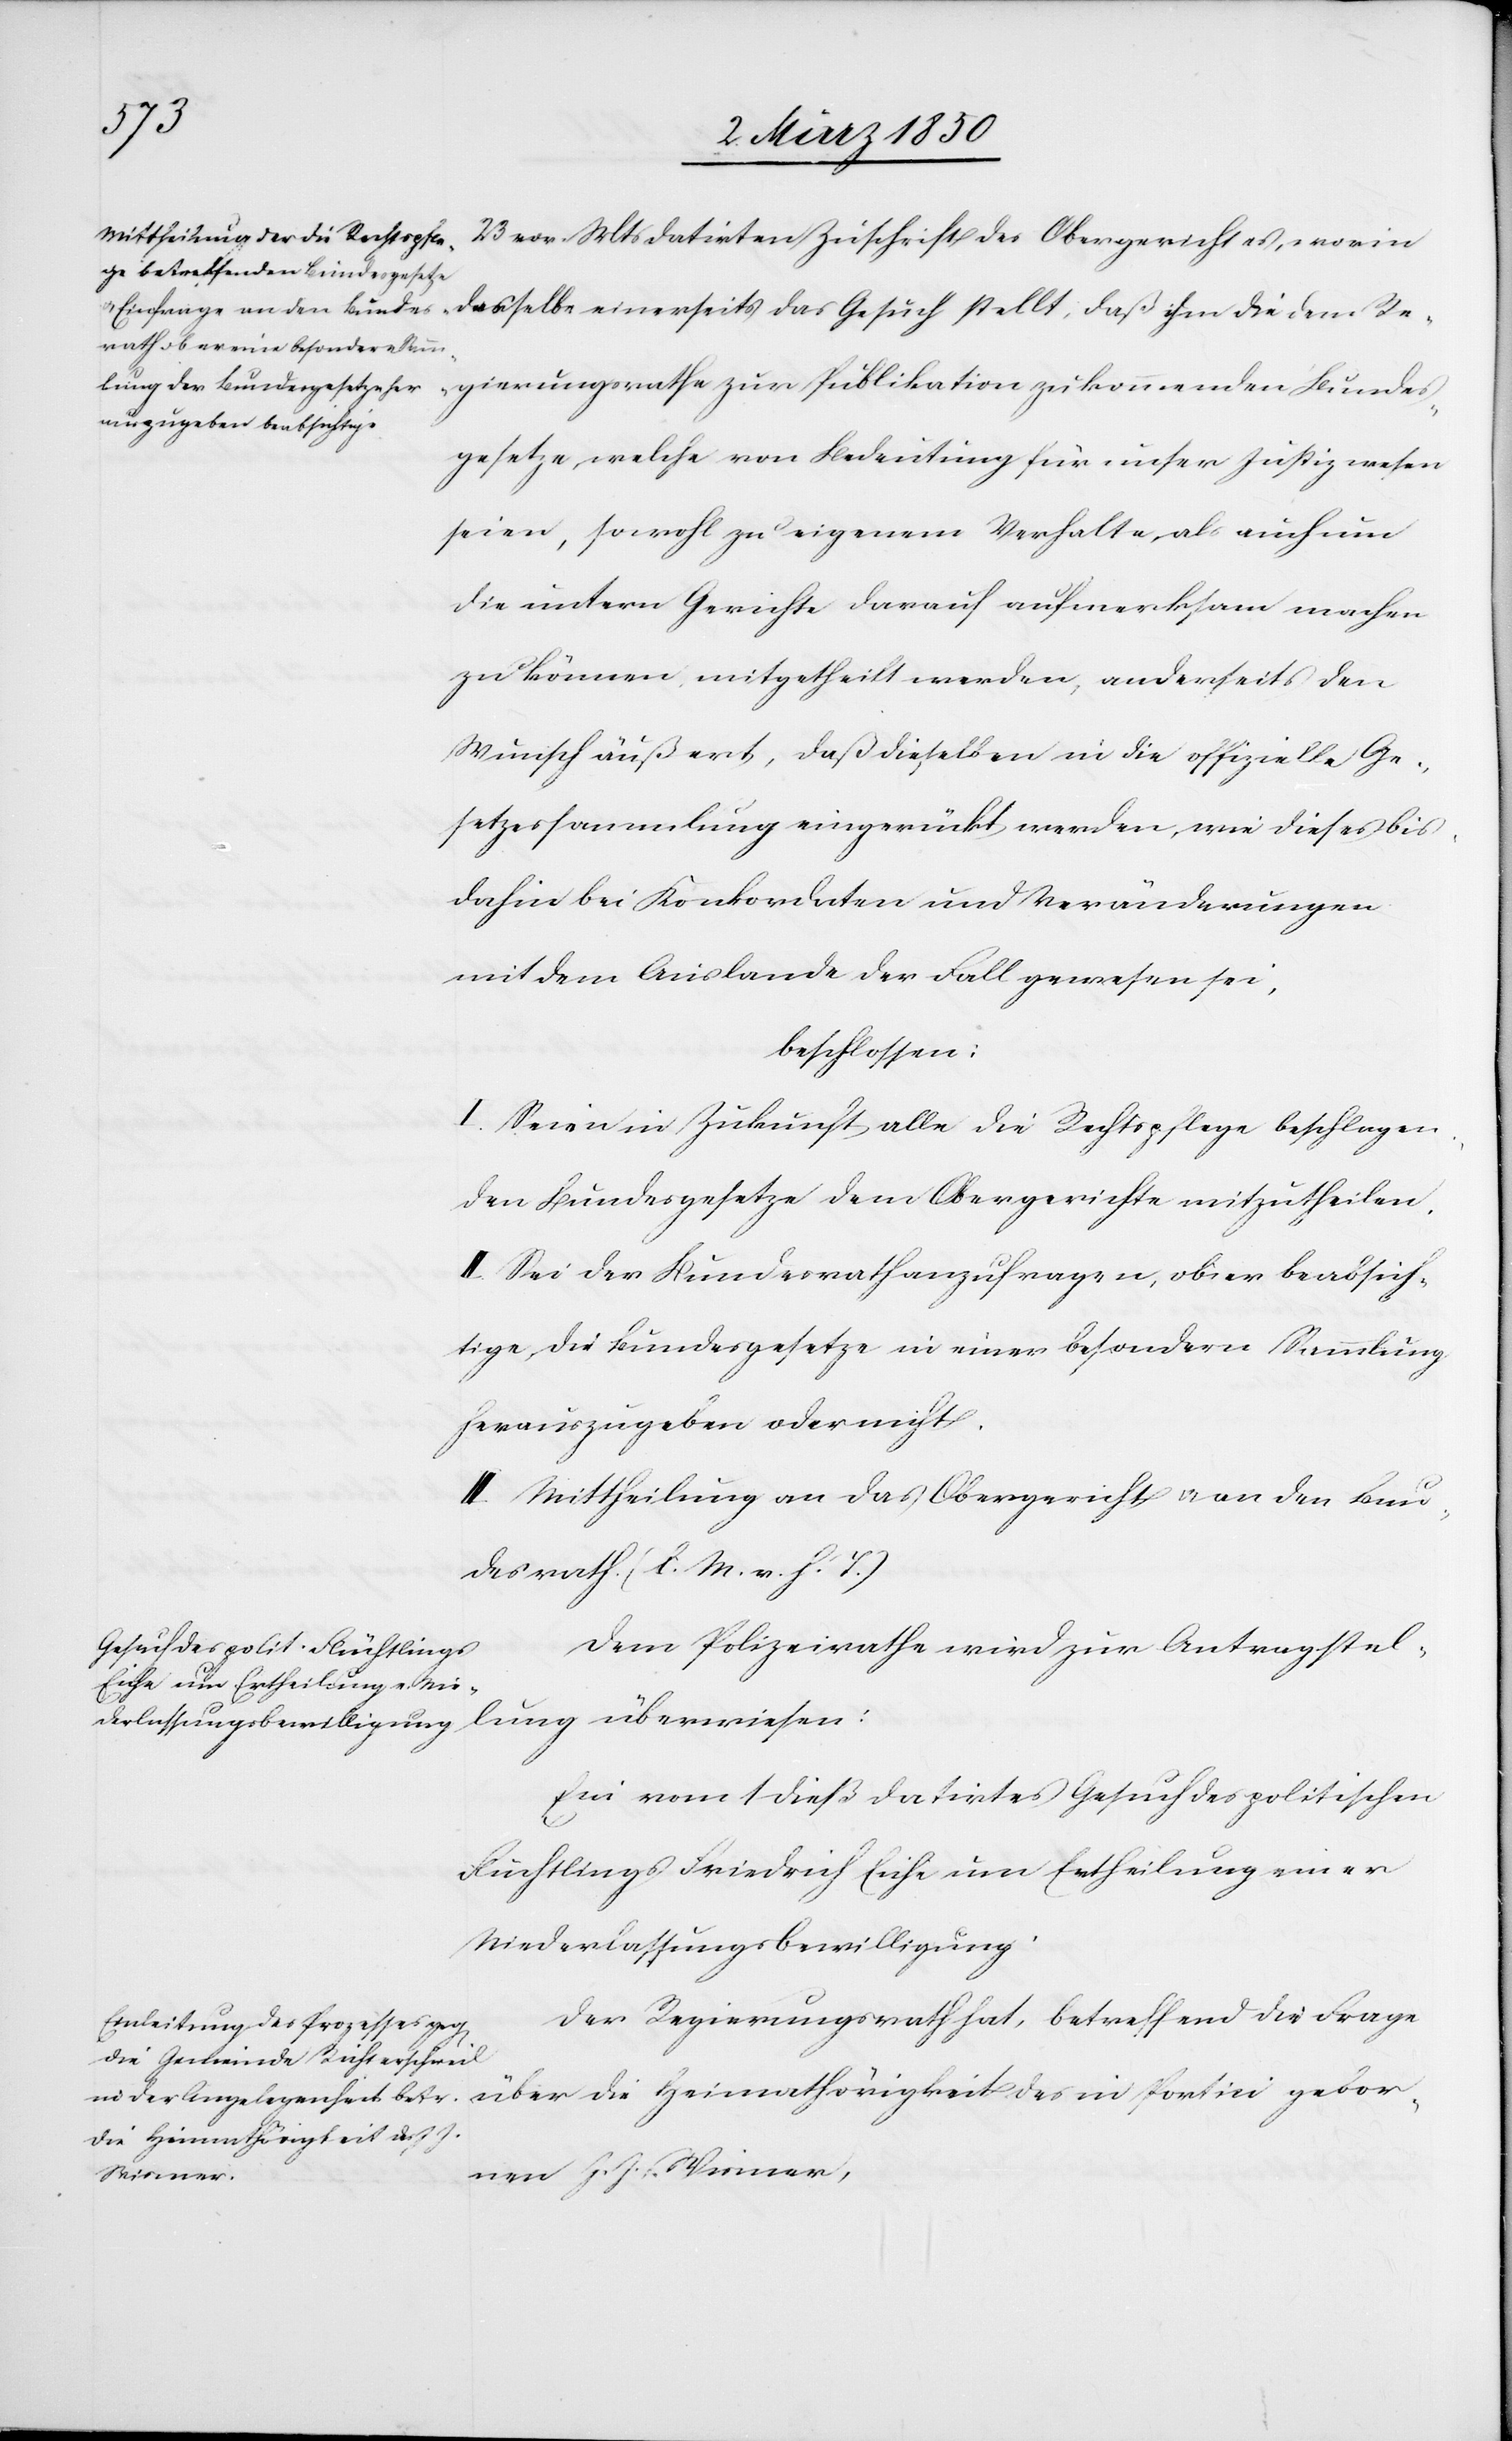
Bunde¬
sgesetze, welche von Bedeutung für unser Justizwesen
seien, sowohl zu eigenem Verhalte, als auch um
die untern Gerichte darauf aufmerksam machen
zu können, mitgetheilt werden, anderseits den
Wunsch äußert, daß dieselben in die offizielle Ge¬
setzessammlung eingerückt werden, wie dieses bis¬
dahin bei Konkordaten und Veränderungen
mit dem Auslande der Fall gewesen sei,
beschlossen:
I. Seien in Zukunft alle die Rechtspflege beschlagen¬
den Bundesgesetze dem Obergerichte mitzutheilen.
II. Sei der Bundesrath anzufragen, ob er beabsich¬
tige, die Bundesgesetze in einer besondern Sammlung
herauszugeben oder nicht.
III. Mittheilung an das Obergericht u. an den Bun¬
desrath. (l. M. v. h. T.)
Dem Polizeirathe wird zur Antragstel¬
lung überwiesen:
Ein vom 1 dieß datirtes Gesuch des politischen
Flüchtlings Friedrich Eiche um Ertheilung einer
Niederlassungsbewilligung.
Der Regierungsrath hat, betreffend die Frage
die Heimathörigkeit des in
gebornen J. J. Wismer,